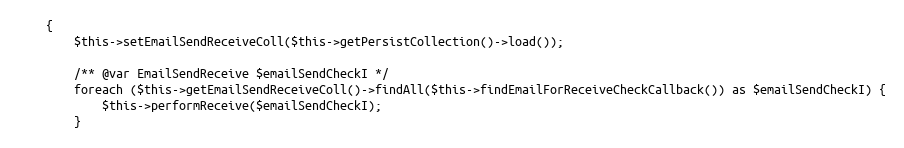
Language: PHP
    {
        $this->setEmailSendReceiveColl($this->getPersistCollection()->load());

        /** @var EmailSendReceive $emailSendCheckI */
        foreach ($this->getEmailSendReceiveColl()->findAll($this->findEmailForReceiveCheckCallback()) as $emailSendCheckI) {
            $this->performReceive($emailSendCheckI);
        }